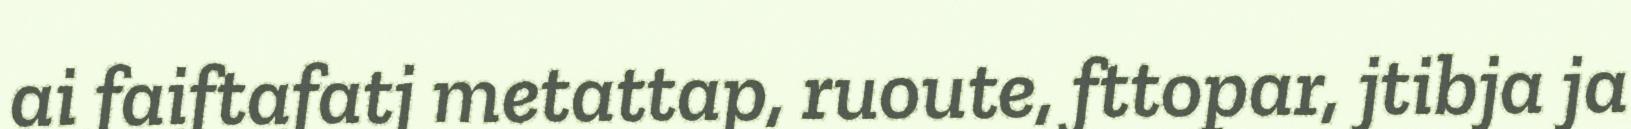
ai faiftafatj metattap, ruoute, fttopar, jtibja ja